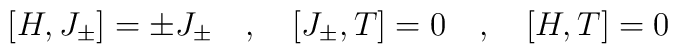
[H,J_{\pm}] = \pm J_{\pm}\quad , \quad [J_{\pm},T]=0\quad , \quad[H,T]=0